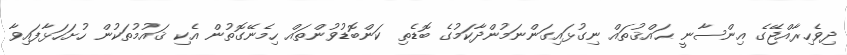
ދިވެހިރާއްޖޭގެ އިންސާނީ ޙައްޤުތައް ނިގުޅައިގަންނަމުންދާކަމުގެ ބޮޑެތި ކަންބޮޑުވުންތައް ހިމެނޭގޮތުން އެކި ޤައުމުތަކުން ހުށަހަޅާފައިވާ